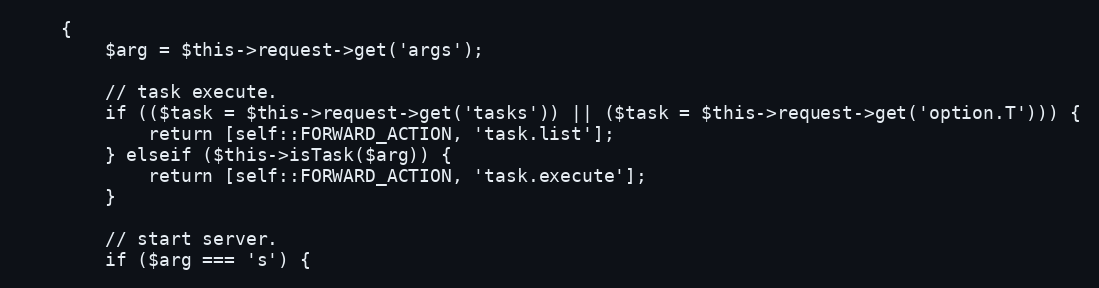
Language: PHP
    {
        $arg = $this->request->get('args');

        // task execute.
        if (($task = $this->request->get('tasks')) || ($task = $this->request->get('option.T'))) {
            return [self::FORWARD_ACTION, 'task.list'];
        } elseif ($this->isTask($arg)) {
            return [self::FORWARD_ACTION, 'task.execute'];
        }

        // start server.
        if ($arg === 's') {